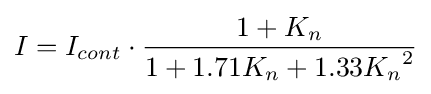
I=I_{cont}\cdot {\frac {1+K_{n}}{1+1.71K_{n}+1.33{K_{n}}^{2}}}